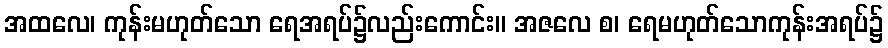
အထလေ၊ ကုန်းမဟုတ်သော ရေအရပ်၌လည်းကောင်း။ အဇလေ စ၊ ရေမဟုတ်သောကုန်းအရပ်၌